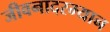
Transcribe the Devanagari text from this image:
जीवनादरम्यान